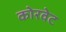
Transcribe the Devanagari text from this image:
कोरवेट